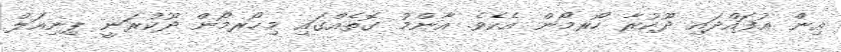
އިން އުފައްދައި ދޫކުރާ ހޯރމޯން އެކެވެ. އާންމު ގޮތެއްގައި މިހޯރމޯން ދޫކުރަނީ ޕިނިއަލް